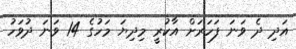
އަދި ދެ ވަނަ ފަހަރަށް އާކުރީ މިދިޔަ މަހުގެ 14 ވަނަ ދުވަހު